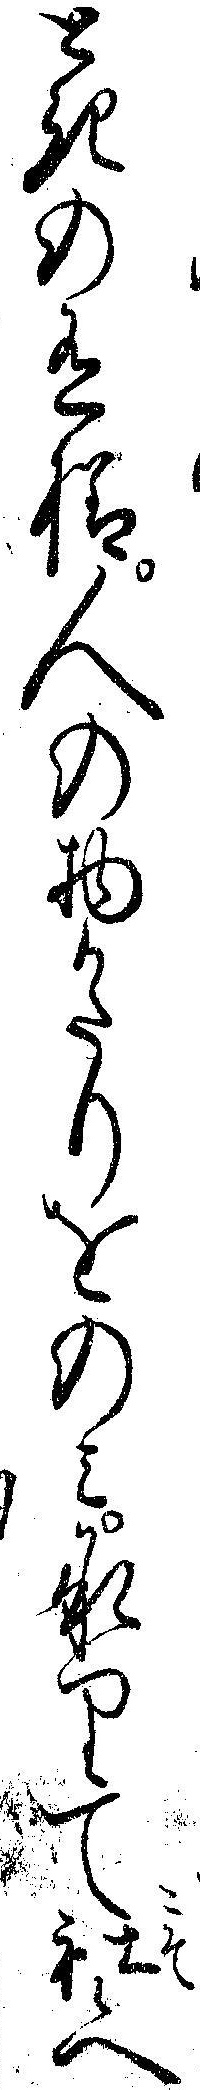
ときの有様人の物かたりをのミ承りて社候へ